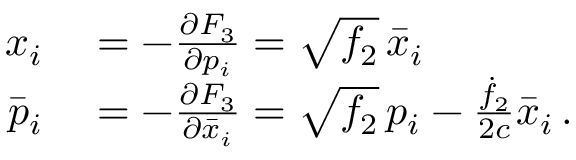
\begin{array} { r l } { x _ { i } } & { { } = - \frac { \partial F _ { 3 } } { \partial p _ { i } } = \sqrt { f _ { 2 } } \, \bar { x } _ { i } } \\ { \bar { p } _ { i } } & { { } = - \frac { \partial F _ { 3 } } { \partial \bar { x } _ { i } } = \sqrt { f _ { 2 } } \, p _ { i } - \frac { \dot { f } _ { 2 } } { 2 c } \bar { x } _ { i } \, . } \end{array}